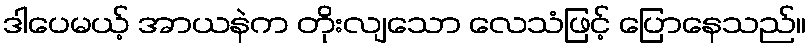
ဒါပေမယ့် အာယနဲက တိုးလျသော လေသံဖြင့် ပြောနေသည်။